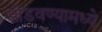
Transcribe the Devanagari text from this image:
सोडवण्यामध्ये